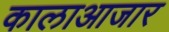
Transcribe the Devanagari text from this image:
कालाआजार